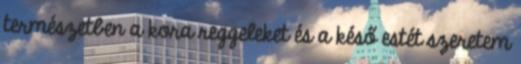
természetben a kora reggeleket és a késő estét szeretem